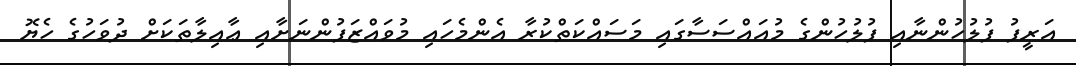
އަރީފު ފުލުހުންނާއި ފުލުހުންގެ މުއައްސަސާގައި މަސައްކަތްކުރާ އެންމެހައި މުވައްޒަފުންނަށާއި ޢާއިލާތަކަށް ދުވަހުގެ ހެޔޮ